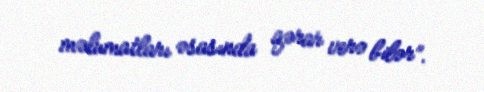
məlumatları əsasında qərar verə bilər”.